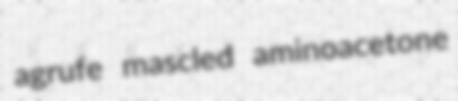
agrufe mascled aminoacetone